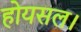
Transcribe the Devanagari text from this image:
होयसल।